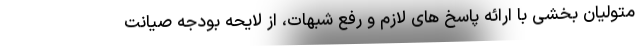
متولیان بخشی با ارائه پاسخ های لازم و رفع شبهات، از لایحه بودجه صیانت